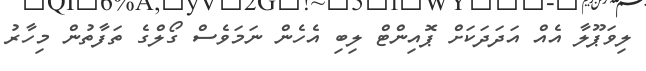
ލިވަޕޫލާ އެއް އަދަދަކަށް ޕޮއިންޓް ލިބި އެހެން ނަމަވެސް ގޯލްގެ ތަފާތުން މިހާރު